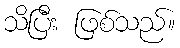
သိပြီး ဖြစ်သည်။